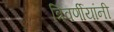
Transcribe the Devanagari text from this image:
त्रिवर्णीयांनी